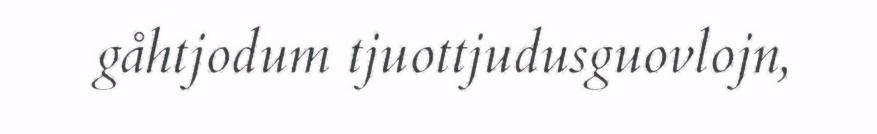
gåhtjodum tjuottjudusguovlojn,